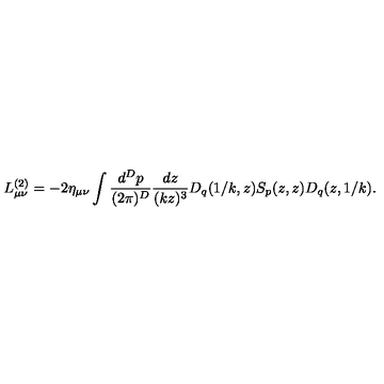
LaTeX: L _ { \mu \nu } ^ { ( 2 ) } = - 2 \eta _ { \mu \nu } \int { \frac { d ^ { D } p } { ( 2 \pi ) ^ { D } } } { \frac { d z } { ( k z ) ^ { 3 } } } D _ { q } ( 1 / k , z ) S _ { p } ( z , z ) D _ { q } ( z , 1 / k ) .